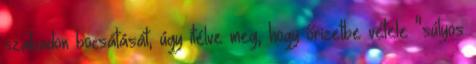
szabadon bocsátását, úgy ítélve meg, hogy őrizetbe vétele "súlyos